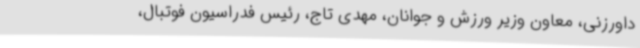
داورزنی، معاون وزیر ورزش و جوانان، مهدی تاج، رئیس فدراسیون فوتبال،